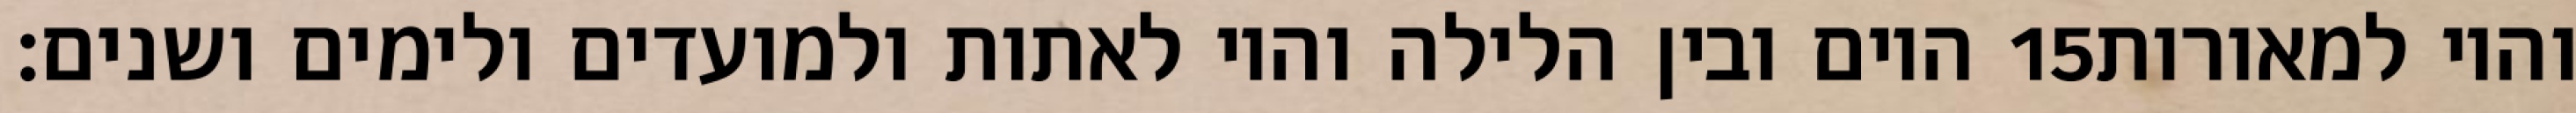
היום ובין הלילה והיו לאתות ולמועדים ולימים ושנים׃ ‎15‏ והיו למאורות